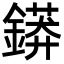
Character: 䥈